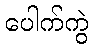
ပေါက်ကွဲ